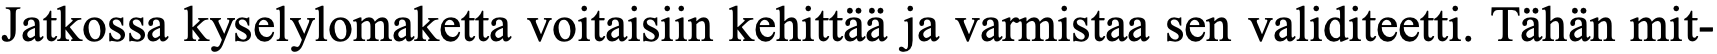
Jatkossa kyselylomaketta voitaisiin kehittää ja varmistaa sen validiteetti. Tähän mit-